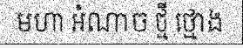
មហា អំណាច ថ្មី ថ្មោង